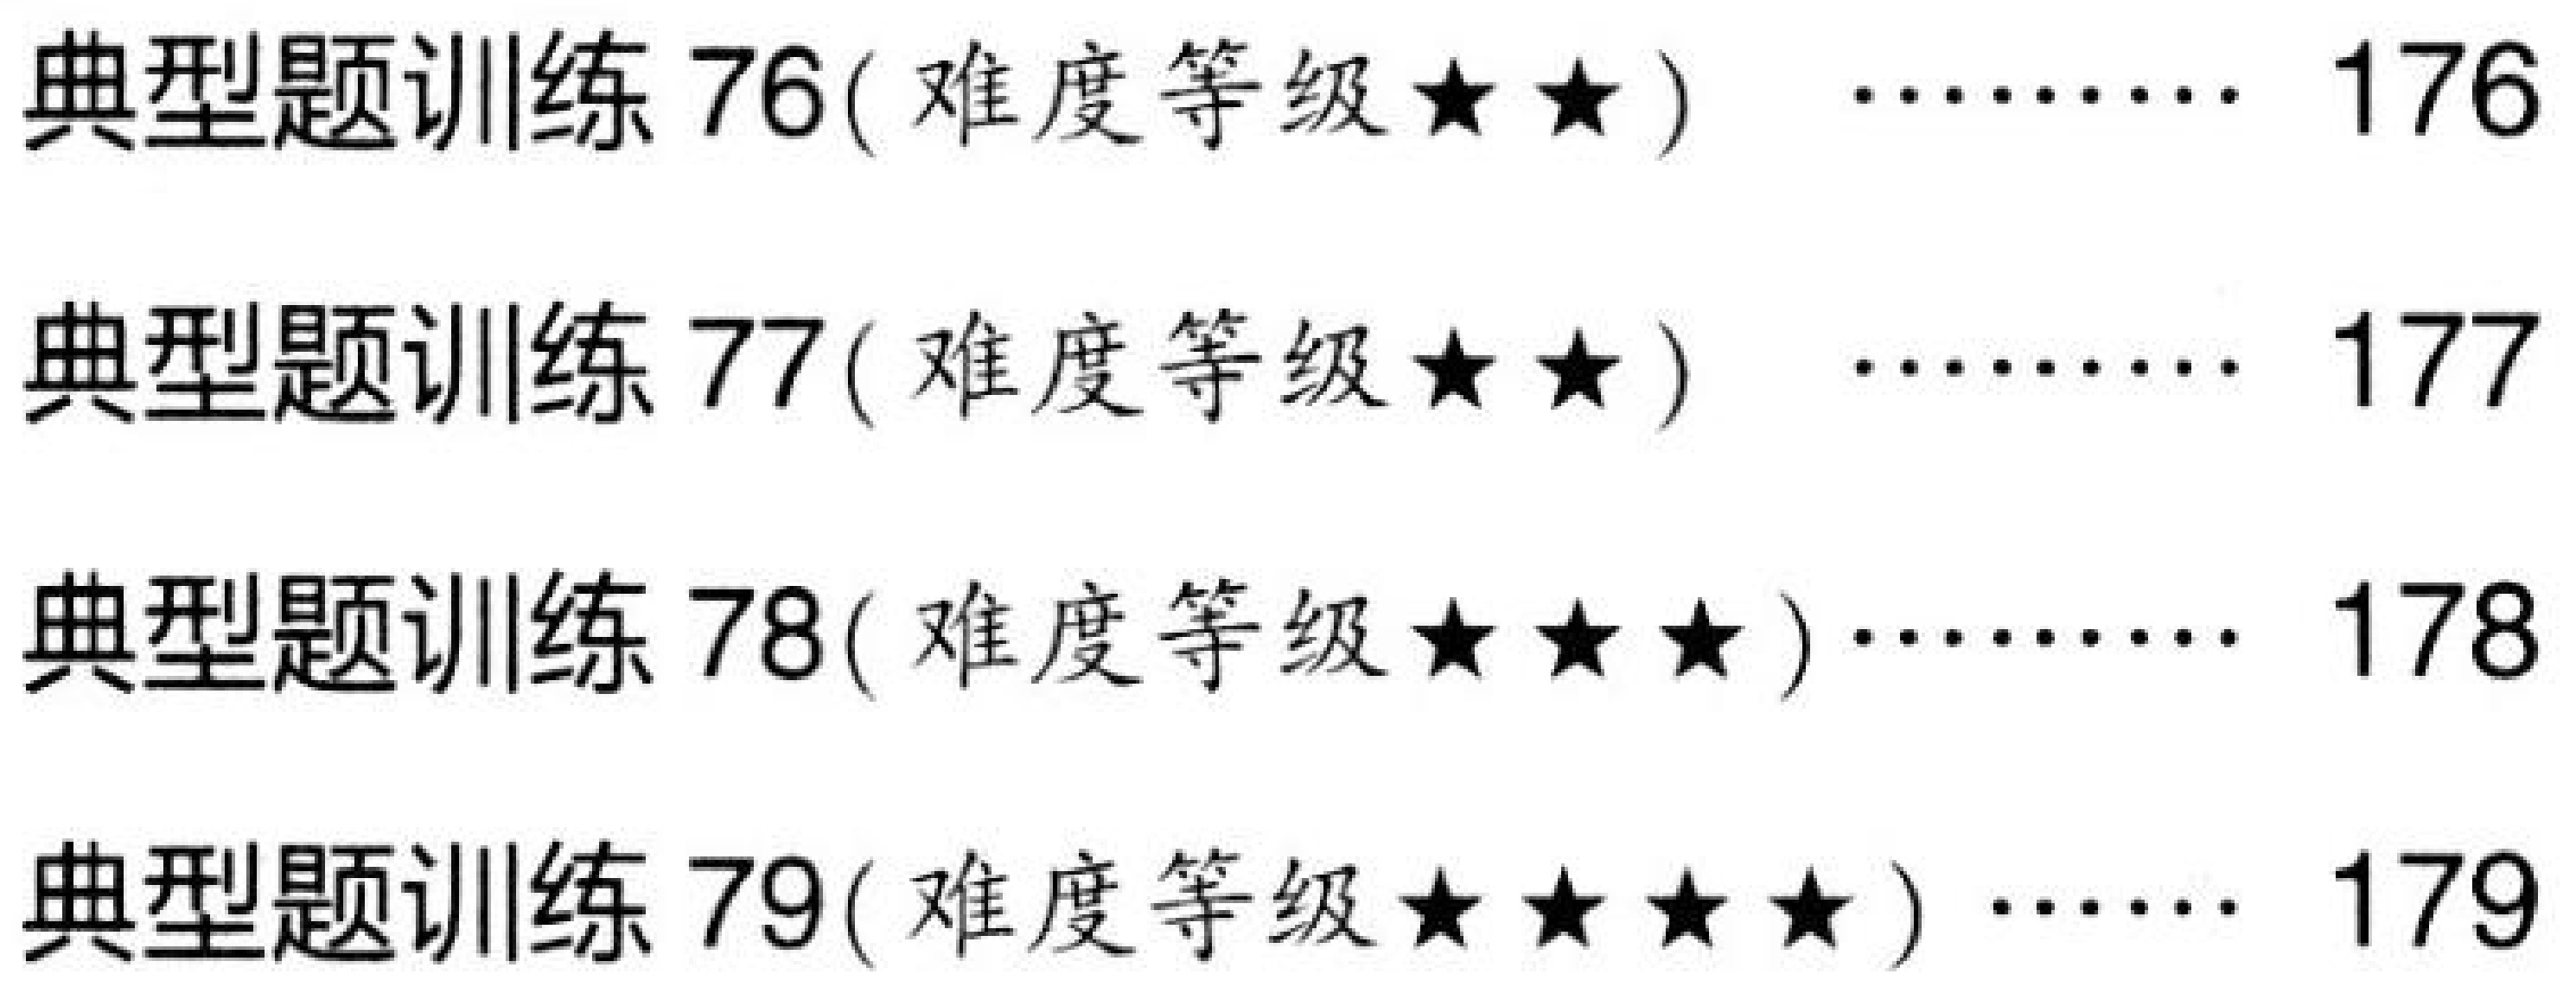
典型题训练 76( 难度等级$\star\star$) $\cdots\cdots$ 176\\
典型题训练 77( 难度等级$\star\star$) $\cdots\cdots$ 177\\
典型题训练 78( 难度等级$\star\star\star$)$\cdots\cdots$ 178\\
典型题训练 79( 难度等级$\star\star\star\star$) $\cdots\cdots$ 179